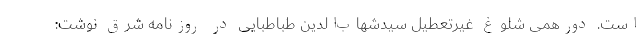
است. دورهمی شلوغ غیرتعطیل سیدشهاب‌الدین طباطبایی در روزنامه شرق نوشت: